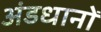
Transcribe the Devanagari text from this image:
अंडधानों